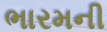
ભારમની